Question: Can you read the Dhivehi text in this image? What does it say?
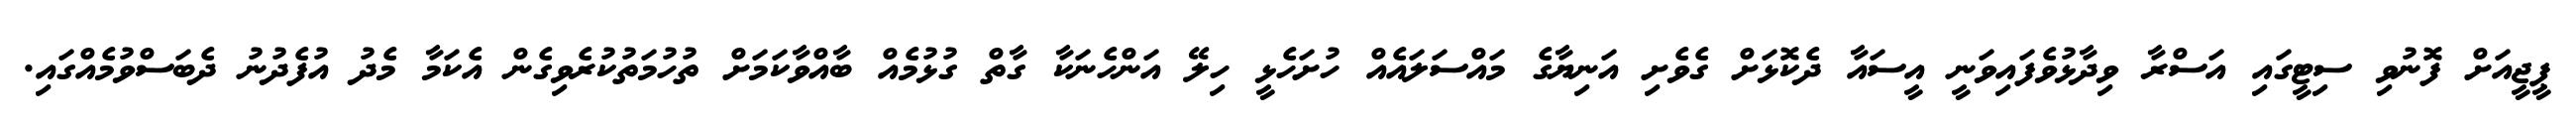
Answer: ޕީޖީއަށް ފޮނުވި ސިޓީގައި އަސްރާ ވިދާޅުވެފައިވަނީ އީސައާ ދެކޮޅަށް ގެވެށި އަނިޔާގެ މައްސަލައެއް ހުށަހެޅީ ހިލޭ އަންހެނަކާ ގާތް ގުޅުމެއް ބާއްވާކަމަށް ތުހުމަތުކުރެވިގެން އެކަމާ މެދު އުފެދުނު ދެބަސްވުމެއްގައި.